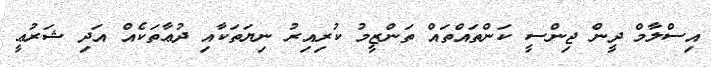
އިސްލާމް ދީން ޖިންސީ ކަންތައްތައް ތަންޒީމު ކުރިއިރު ނިޔަތަކާއި ދުޢާތަކެއް އަދި ޝަރުޢީ